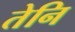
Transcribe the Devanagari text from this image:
तेनि